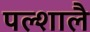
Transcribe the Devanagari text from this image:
पल्शालै